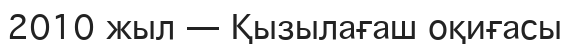
2010 жыл — Қызылағаш оқиғасы